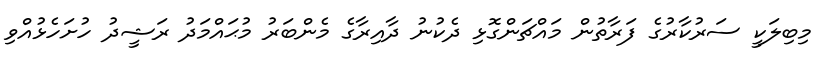
މިބިލަކީ ސަރުކާރުގެ ފަރާތުން މައްޗަންގޮޅި ދެކުނު ދާއިރާގެ މެންބަރު މުޙައްމަދު ރަޝީދު ހުށަހެޅުއްވި